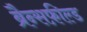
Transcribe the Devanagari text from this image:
ब्रैन्सफ़ील्ड